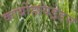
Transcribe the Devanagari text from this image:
कार्बोहायड्रेडस्